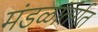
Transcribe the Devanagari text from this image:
मंडळांतर्गत